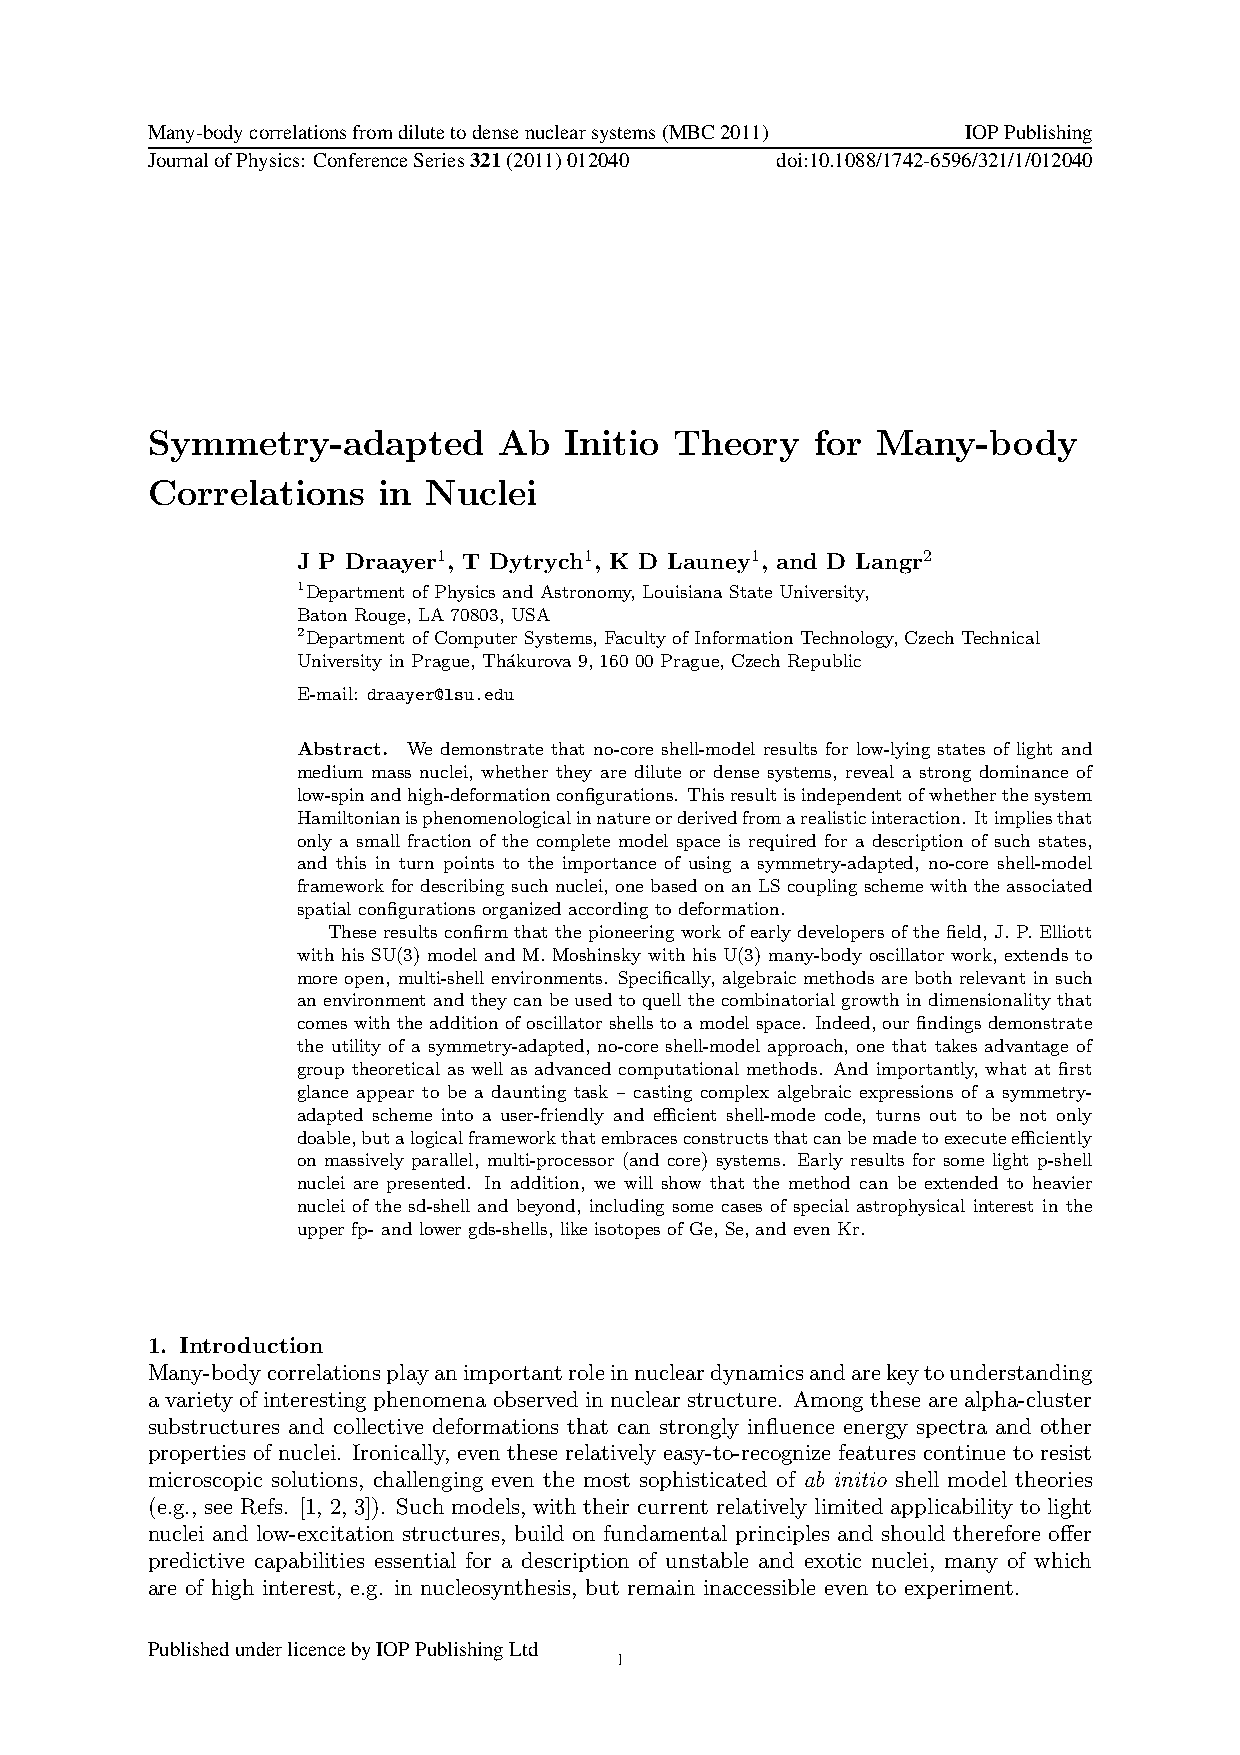
Many-bodycorrelationsfromdilutetodensenuclearsystems(MBC2011) IOPPublishing
 JournalofPhysics: ConferenceSeries321(2011)012040 doi:10.1088/1742-6596/321/1/012040
 Symmetry-adapted       Ab  Initio  Theory   for Many-body
 Correlations   in Nuclei
 J P Draayer1, T Dytrych1, K D Launey1, and D Langr2
 1Department of Physics and Astronomy, Louisiana State University,
 Baton Rouge, LA 70803, USA
 2Department of Computer Systems, Faculty of Information Technology, Czech Technical
 University in Prague, Th´akurova 9, 160 00 Prague, Czech Republic
 E-mail: draayer@lsu.edu
 Abstract. We demonstrate that no-core shell-model results for low-lying states of light and
 medium mass nuclei, whether they are dilute or dense systems, reveal a strong dominance of
 low-spinandhigh-deformationconfigurations. Thisresultisindependentofwhetherthesystem
 Hamiltonianisphenomenologicalinnatureorderivedfromarealisticinteraction. Itimpliesthat
 only a small fraction of the complete model space is required for a description of such states,
 and this in turn points to the importance of using a symmetry-adapted, no-core shell-model
 framework for describing such nuclei, one based on an LS coupling scheme with the associated
 spatial configurations organized according to deformation.
 These results confirm that the pioneering work of early developers of the field, J. P. Elliott
 with his SU(3) model and M. Moshinsky with his U(3) many-body oscillator work, extends to
 more open, multi-shell environments. Specifically, algebraic methods are both relevant in such
 an environment and they can be used to quell the combinatorial growth in dimensionality that
 comes with the addition of oscillator shells to a model space. Indeed, our findings demonstrate
 the utility of a symmetry-adapted, no-core shell-model approach, one that takes advantage of
 group theoretical as well as advanced computational methods. And importantly, what at first
 glance appear to be a daunting task – casting complex algebraic expressions of a symmetry-
 adapted scheme into a user-friendly and efficient shell-mode code, turns out to be not only
 doable,butalogicalframeworkthatembracesconstructsthatcanbemadetoexecuteefficiently
 on massively parallel, multi-processor (and core) systems. Early results for some light p-shell
 nuclei are presented. In addition, we will show that the method can be extended to heavier
 nuclei of the sd-shell and beyond, including some cases of special astrophysical interest in the
 upper fp- and lower gds-shells, like isotopes of Ge, Se, and even Kr.
 1. Introduction
 Many-bodycorrelationsplayanimportantroleinnucleardynamicsandarekeytounderstanding
 avarietyofinterestingphenomenaobservedinnuclearstructure. Amongthesearealpha-cluster
 substructures and collective deformations that can strongly influence energy spectra and other
 properties of nuclei. Ironically, even these relatively easy-to-recognize features continue to resist
 microscopic solutions, challenging even the most sophisticated of ab initio shell model theories
 (e.g., see Refs. [1, 2, 3]). Such models, with their current relatively limited applicability to light
 nuclei and low-excitation structures, build on fundamental principles and should therefore offer
 predictive capabilities essential for a description of unstable and exotic nuclei, many of which
 are of high interest, e.g. in nucleosynthesis, but remain inaccessible even to experiment.
 PublishedunderlicencebyIOPPublishingLtd
 1